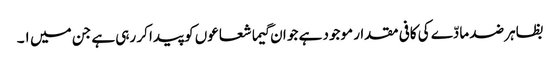
بظاہر ضد مادّے کی کافی مقدار موجود ہے جو ان گیما شعاعوں کو پیدا کر رہی ہے جن میں ١۔